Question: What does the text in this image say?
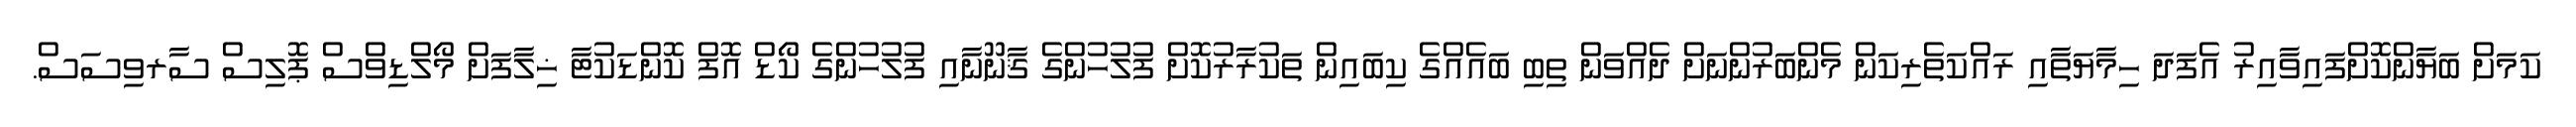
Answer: ކަމަށް ބަޔާންކޮށްފައިވާއިރު އެފަދަ ހިމާޔަތާއި ރައްކަތެރިކަން މެންބަރުންނަށް ދެއްވަން ތިބި ބައެއްގެ ކިބައިން ތަކުރާރުކޮށް ފުލުހުންގެ ޤާނޫނާއި ފުލުހުންގެ ކޯޑް އޮފް ކޮންޑަކުޓާ ޚިލާފަށް މޯލްޑިވްސް ޕޮލިސް ސާރވިސަސް.